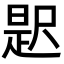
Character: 𭕦